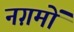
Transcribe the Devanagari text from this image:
नग़मों